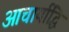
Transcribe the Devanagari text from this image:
आचार्याद्धि